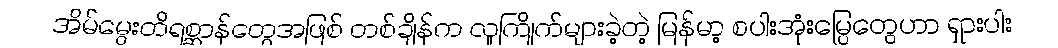
အိမ်မွေးတိရစ္ဆာန်တွေအဖြစ် တစ်ချိန်က လူကြိုက်များခဲ့တဲ့ မြန်မာ့ စပါးအုံးမြွေတွေဟာ ရှားပါး